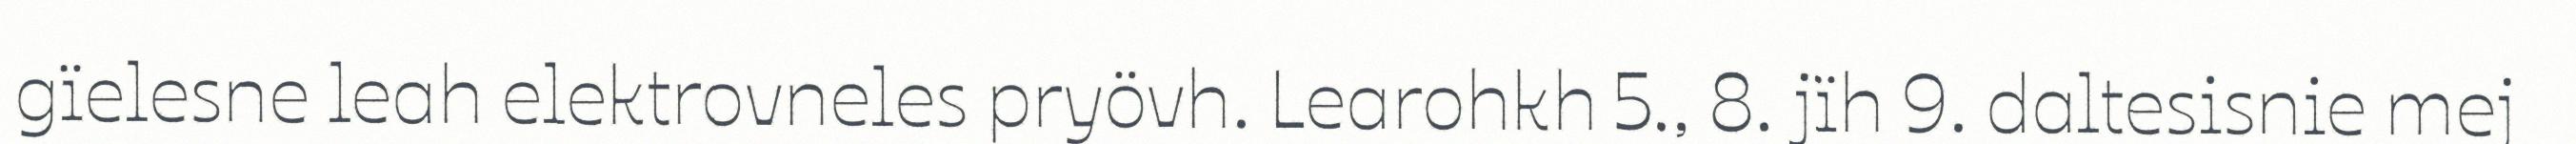
gïelesne leah elektrovneles pryövh. Learohkh 5., 8. jïh 9. daltesisnie mej